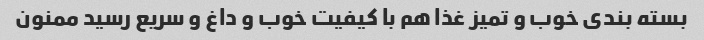
بسته بندی خوب و تمیز غذا هم با کیفیت خوب و داغ و سریع رسید ممنون